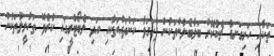
ތަކާއި ހަށިގަނޑު ޗެކުކޮށް ބަލާބެލުންތަކުން ފާހަގަވާ ކަންތައްތަކާއި އަދި ލެބޯޓްރީގައި ކުރެވޭ ތަހުލީލުތަކުން